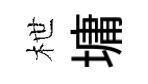
枻墉